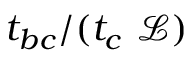
{ t _ { b c } } / ( t _ { c } ~ \mathscr { L } )